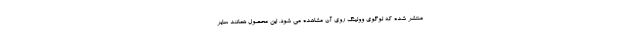
منتشر شده که لوگوی وولینگ روی آن مشاهده می شود. این محصول همانند سایر